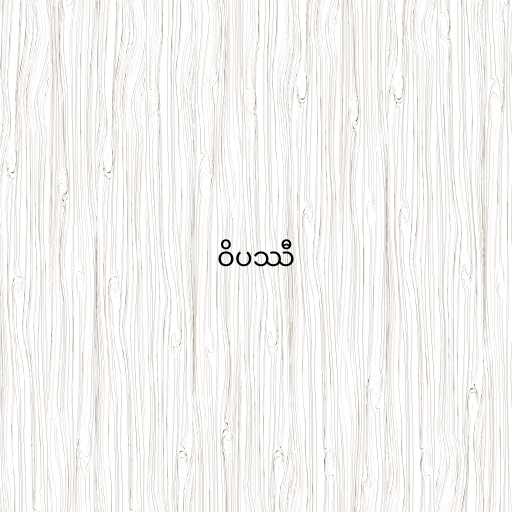
ဝိပဿီ